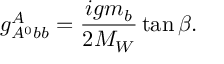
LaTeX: g _ { A ^ { 0 } b b } ^ { A } = \frac { i g m _ { b } } { 2 M _ { W } } \tan \beta .